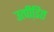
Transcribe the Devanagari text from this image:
उत्पीडि़त